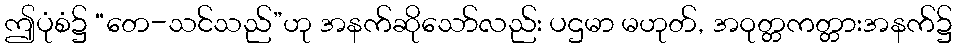
ဤပုံစံ၌ “တေ-သင်သည်”ဟု အနက်ဆိုသော်လည်း ပဌမာ မဟုတ်, အဝုတ္တကတ္တားအနက်၌